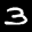
Label: 3